NAE_ERA_R-1665_Eesti_Kunstnike_Liit, lk 2
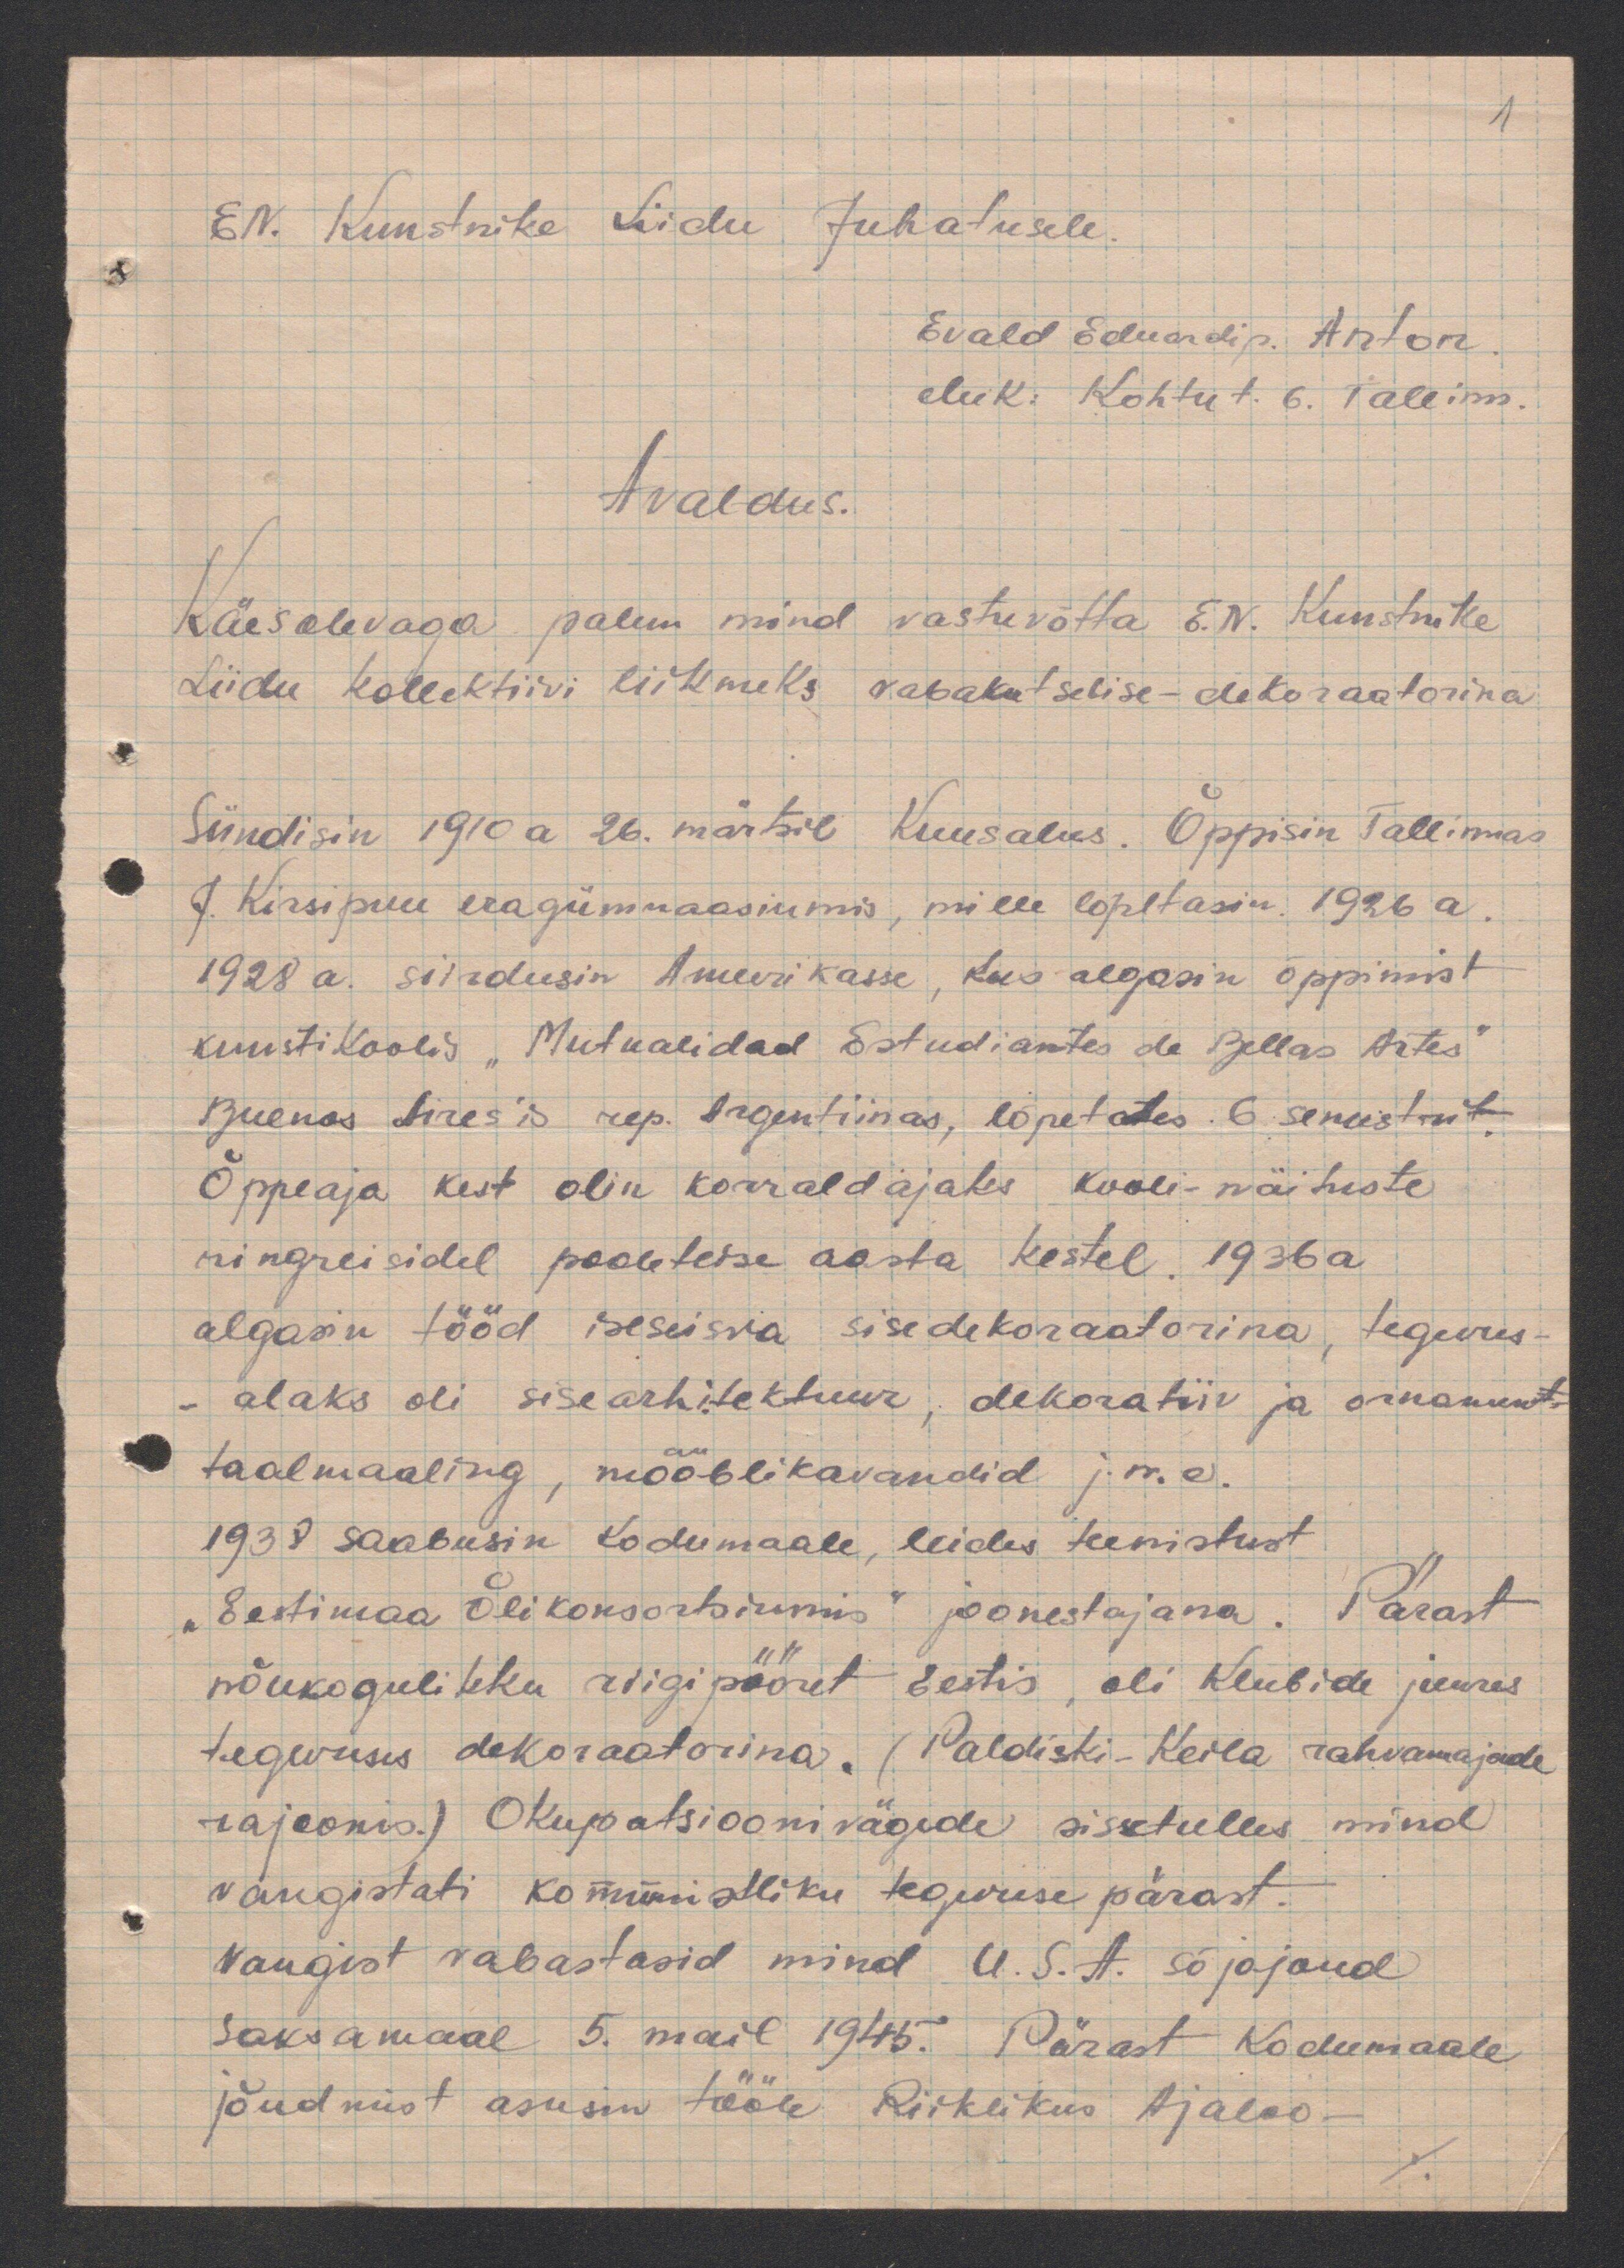
1
EN. Kunstnike Liidu Juhatusele.
Evald Eduardi p. Anton.
eluk: Kohtu t. 6. Tallinn.
Avaldus.
Käesolevaga palun mind vastuvõtta E.N. Kunstnike
Liidu kollektiivi liikmeks vabakutselise - dekoraatorina
Sündisin 1910a 26. märtsil Kuusalus. Õppisin Tallinnas
J. Kirsipuu eragümnaasiumis, mille lõpetasin 1926 a.
1928 a. siirdusin Ameerikasse, kus algasin õppimist
kunstikoolis "Mutualidad Estudiantes de Bellas Artes"
Buenos Aires´is rep. Argentiinas, lõpetades 6 semestrit.
Õppeaja kest olin korraldajaks kooli - näituste
ringreisidel pooleteise aasta kestel. 1936a
algasin tööd iseseisva sisedekoraatorina, tegevus-
alaks oli sisearhitektuur, dekoratiiv ja ornament-
taalmaaling, mööblikavandid j.n.e.
1938 saabusin Kodumaale, leides teenistust
"Eestimaa Õlikonsortsiumis" joonestajana. Pärast
nõukogulikku riigipööret Eestis, oli Klubide juures
tegevuses dekoraatorina. (Paldiski - Keila rahvamajade
rajoonis.) Okupatsioonivägede sissetulles mind
vangistati kommunistliku tegevuse pärast.
Vangist vabastasid mind U.S.A. sõjajoud
Saksamaal 5. mail 1945. Pärast Kodumaale
jõudmist asusin tööle Riiklikus Ajaloo-